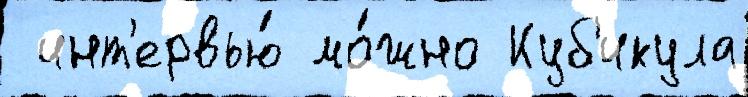
 инт'ервью́ мо́жно Куб'икула